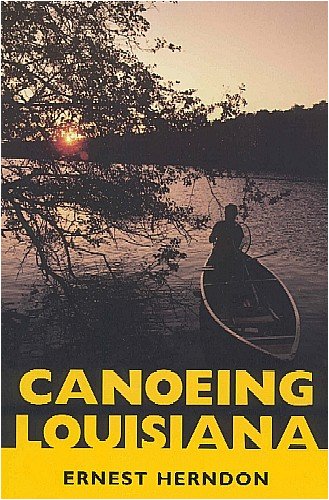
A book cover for Canoeing Louisiana; Ernest Herndon; Sports & Outdoors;